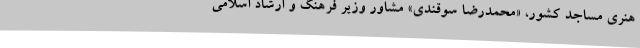
هنری مساجد کشور، «محمدرضا سوقندی» مشاور وزیر فرهنگ و ارشاد اسلامی